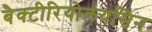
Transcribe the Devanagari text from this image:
बैक्टीरियोलयसिन